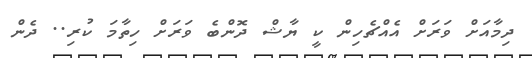
ދިމާއަށް ވަރަށް އެއްޗެހިން ކީ ޔާޝް ދޮންބެ ވަރަށް ހިތާމަ ކުރި.. ދެން